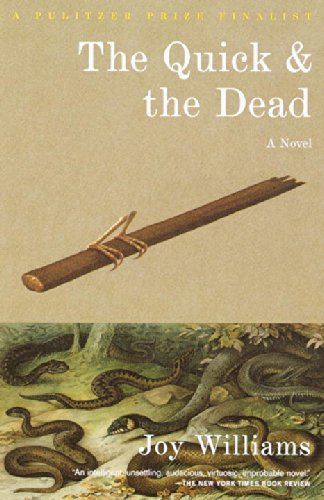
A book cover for The Quick and the Dead; Joy Williams; Literature & Fiction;